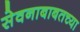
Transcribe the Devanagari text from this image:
सेवनाबाबतच्या